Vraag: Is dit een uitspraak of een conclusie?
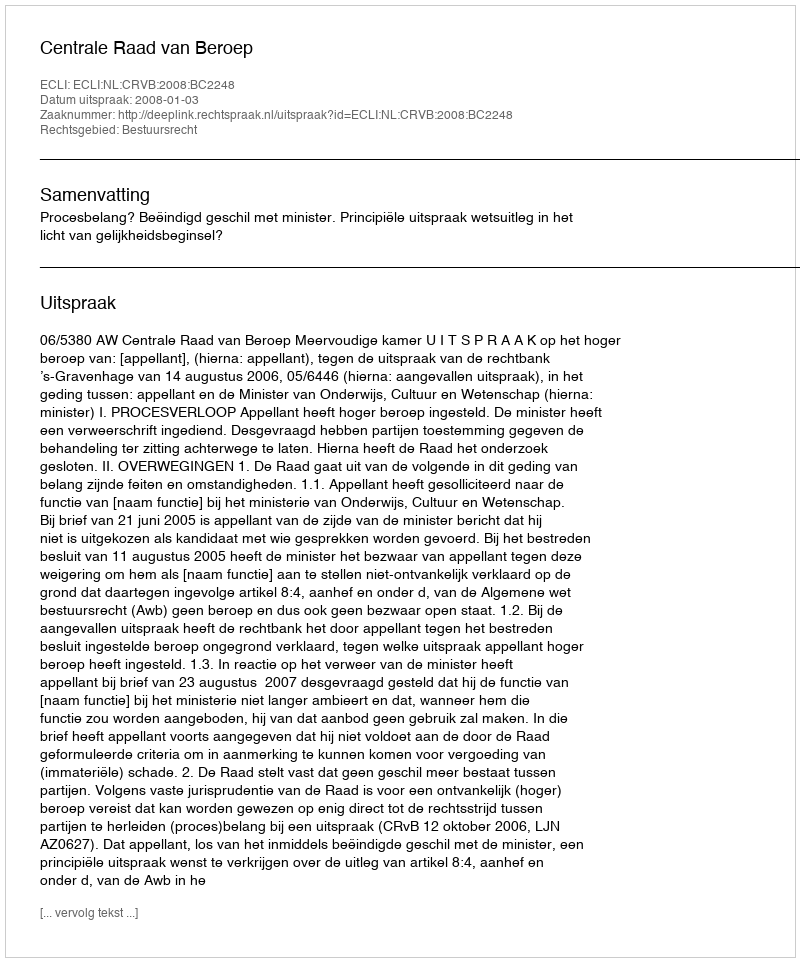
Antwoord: Uitspraak